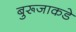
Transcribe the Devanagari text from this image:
बुरूजाकडे